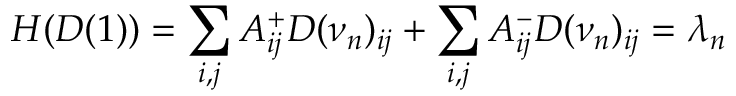
H ( D ( 1 ) ) = \sum _ { i , j } A _ { i j } ^ { + } D ( \nu _ { n } ) _ { i j } + \sum _ { i , j } A _ { i j } ^ { - } D ( \nu _ { n } ) _ { i j } = \lambda _ { n }